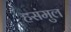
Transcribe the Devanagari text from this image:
हसंमुल